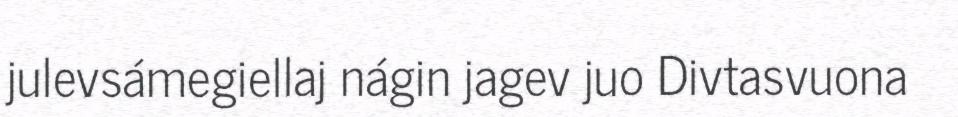
julevsámegiellaj nágin jagev juo Divtasvuona